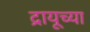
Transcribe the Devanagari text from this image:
द्रायूच्या